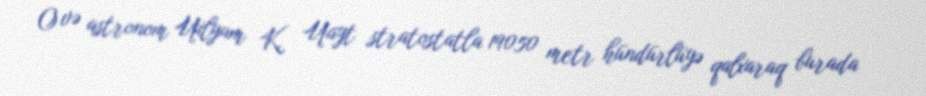
O və astronom Uilyam K. Uayt stratostatla 19050 metr hündürlüyə qalxaraq burada